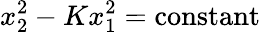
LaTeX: x_{2}^{2}-Kx_{1}^{2}=\mathrm{constant}